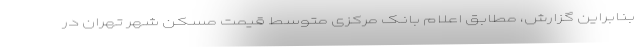
بنابراین گزارش، مطابق اعلام بانک مرکزی متوسط قیمت مسکن شهر تهران در